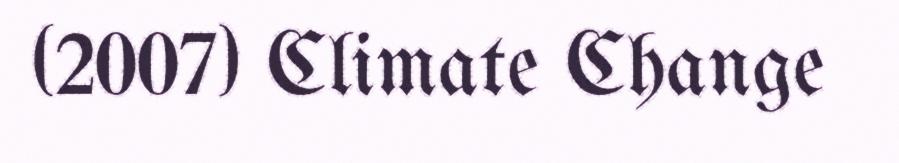
(2007) Climate Change